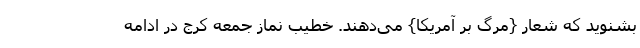
بشنوید که شعار {مرگ بر آمریکا} می‌دهند. خطیب نماز جمعه کرج در ادامه